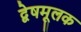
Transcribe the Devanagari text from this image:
द्वेषमूलक